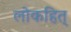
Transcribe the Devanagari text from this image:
लोकहित्